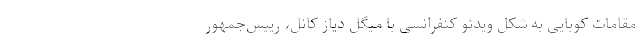
مقامات کوبایی به شکل ویدئو کنفرانسی با میگل دیاز کانل، رییس‌جمهور